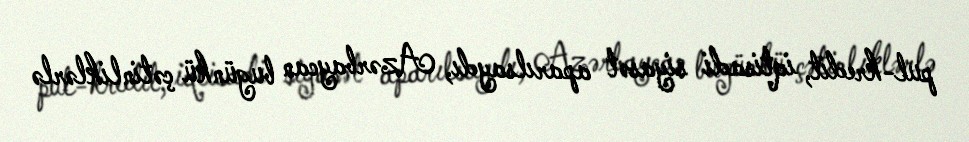
pul-kredit, iqtisadi siyasət aparılsaydı, Azərbaycan bugünkü çətinliklərlə